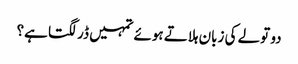
دو تولے کی زبان ہلاتے ہوئے تمہیں ڈر لگتا ہے؟